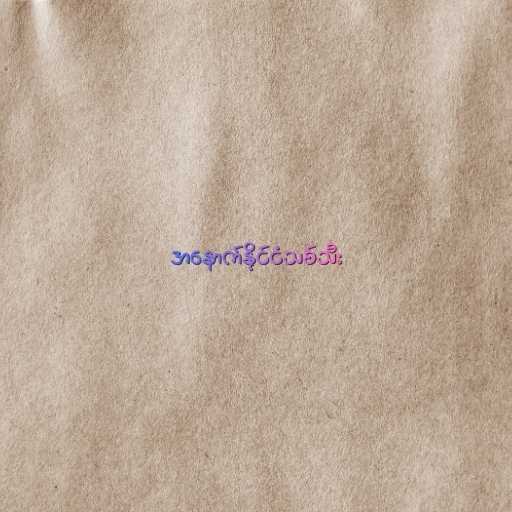
အနောက်နိုင်ငံသစ်သီး